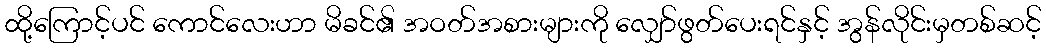
ထို့ကြောင့်ပင် ကောင်လေးဟာ မိခင်၏ အဝတ်အစားများကို လျှော်ဖွတ်ပေးရင်နှင့် အွန်လိုင်းမှတစ်ဆင့်